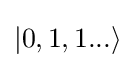
|0,1,1...\rangle